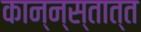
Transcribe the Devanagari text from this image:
कान्न्स्तात्त